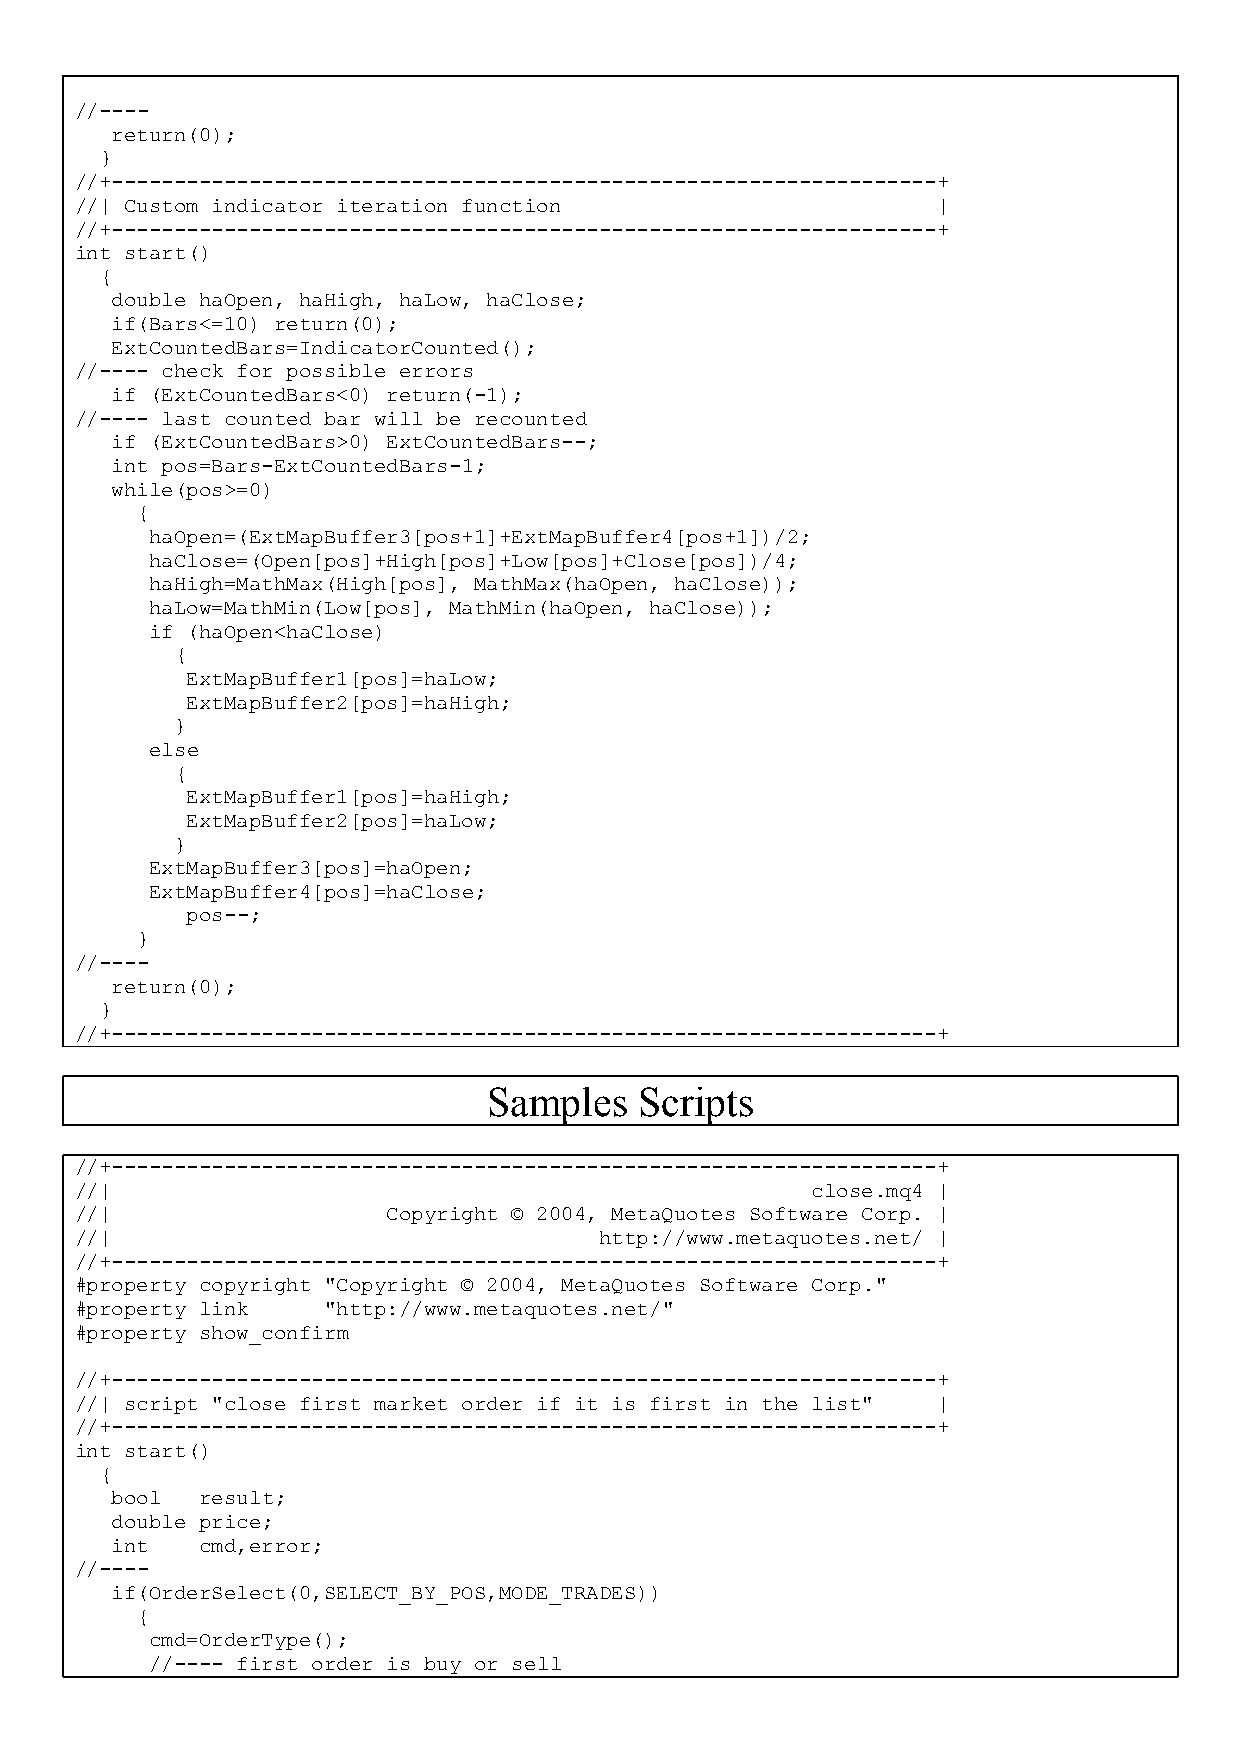
//----
 return(0);
 }
 //+------------------------------------------------------------------+
 //| Custom indicator iteration function                  |
 //+------------------------------------------------------------------+
 int start()
 {
 double haOpen, haHigh, haLow, haClose;
 if(Bars<=10) return(0);
 ExtCountedBars=IndicatorCounted();
 //---- check for possible errors
 if (ExtCountedBars<0) return(-1);
 //---- last counted bar will be recounted
 if (ExtCountedBars>0) ExtCountedBars--;
 int pos=Bars-ExtCountedBars-1;
 while(pos>=0)
 {
 haOpen=(ExtMapBuffer3[pos+1]+ExtMapBuffer4[pos+1])/2;
 haClose=(Open[pos]+High[pos]+Low[pos]+Close[pos])/4;
 haHigh=MathMax(High[pos], MathMax(haOpen, haClose));
 haLow=MathMin(Low[pos], MathMin(haOpen, haClose));
 if (haOpen<haClose)
 {
 ExtMapBuffer1[pos]=haLow;
 ExtMapBuffer2[pos]=haHigh;
 }
 else
 {
 ExtMapBuffer1[pos]=haHigh;
 ExtMapBuffer2[pos]=haLow;
 }
 ExtMapBuffer3[pos]=haOpen;
 ExtMapBuffer4[pos]=haClose;
 pos--;
 }
 //----
 return(0);
 }
 //+------------------------------------------------------------------+
 Samples   Scripts
 //+------------------------------------------------------------------+
 //|                                              close.mq4 |
 //|                  Copyright © 2004, MetaQuotes Software Corp. |
 //|                                http://www.metaquotes.net/ |
 //+------------------------------------------------------------------+
 #property copyright "Copyright © 2004, MetaQuotes Software Corp."
 #property link  "http://www.metaquotes.net/"
 #property show_confirm
 //+------------------------------------------------------------------+
 //| script "close first market order if it is first in the list" |
 //+------------------------------------------------------------------+
 int start()
 {
 bool  result;
 double price;
 int   cmd,error;
 //----
 if(OrderSelect(0,SELECT_BY_POS,MODE_TRADES))
 {
 cmd=OrderType();
 //---- first order is buy or sell